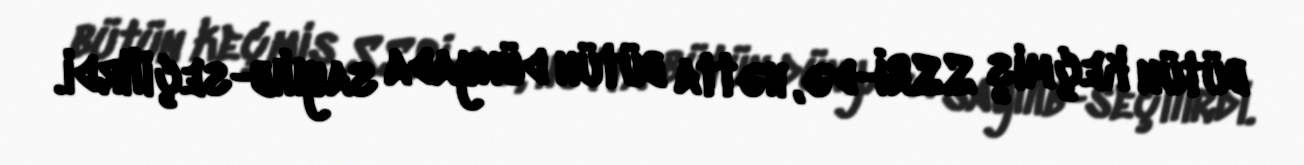
bütün keçmiş SSRİ-də, hətta bütün dünyada sayılıb-seçilirdi.